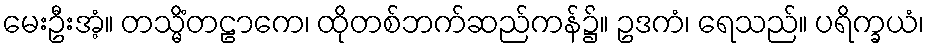
မေးဦးအံ့။ တသ္မိံတဠာကေ၊ ထိုတစ်ဘက်ဆည်ကန်၌။ ဥဒကံ၊ ရေသည်။ ပရိက္ခယံ၊